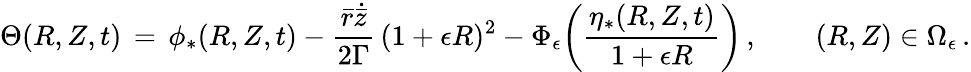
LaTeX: \Theta(R,Z,t)\, =\, \phi_{*}(R,Z,t)-\frac{{\bar{r}}\dot{\bar{z}}}{2\Gamma}\, (1+\epsilon R)^{2}-\Phi_{\epsilon}\biggl(\frac{\eta_{*}(R,Z,t)}{1+\epsilon R}\biggr)\, ,\qquad(R,Z)\in\Omega_{\epsilon}\, .